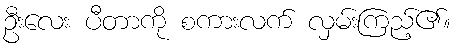
ဦးလေး ပီတာကို စကားလက် လှမ်းကြည့်၏။